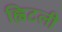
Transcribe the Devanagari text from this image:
ह्विटली